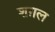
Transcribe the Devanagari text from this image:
शग़ल